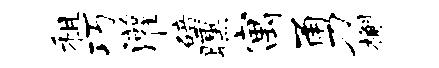
租巧灌碚曛寓勇槲